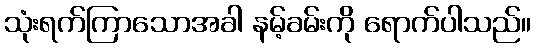
သုံးရက်ကြာသောအခါ နမ့်ခမ်းကို ရောက်ပါသည်။